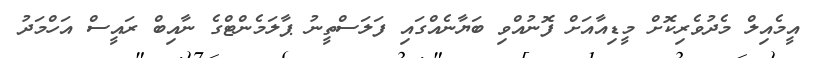
އީމެއިލް މެދުވެރިކޮށް މީޑިއާއަށް ފޮނުއްވި ބަޔާނެއްގައި ފަލަސްތީނު ޕާލަމެންޓްގެ ނާއިބް ރައީސް އަހްމަދު